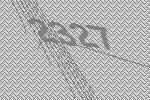
2327